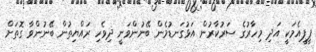
ޕީޕީއެމަކީ އަދި މިހާރުގެ ސަރުކާރުން އަޅުގަނޑުމެން ބޭނުންވަނީ ދިވެހި ރައްޔިތުން ބޭނުންވާ ގޮތަށް